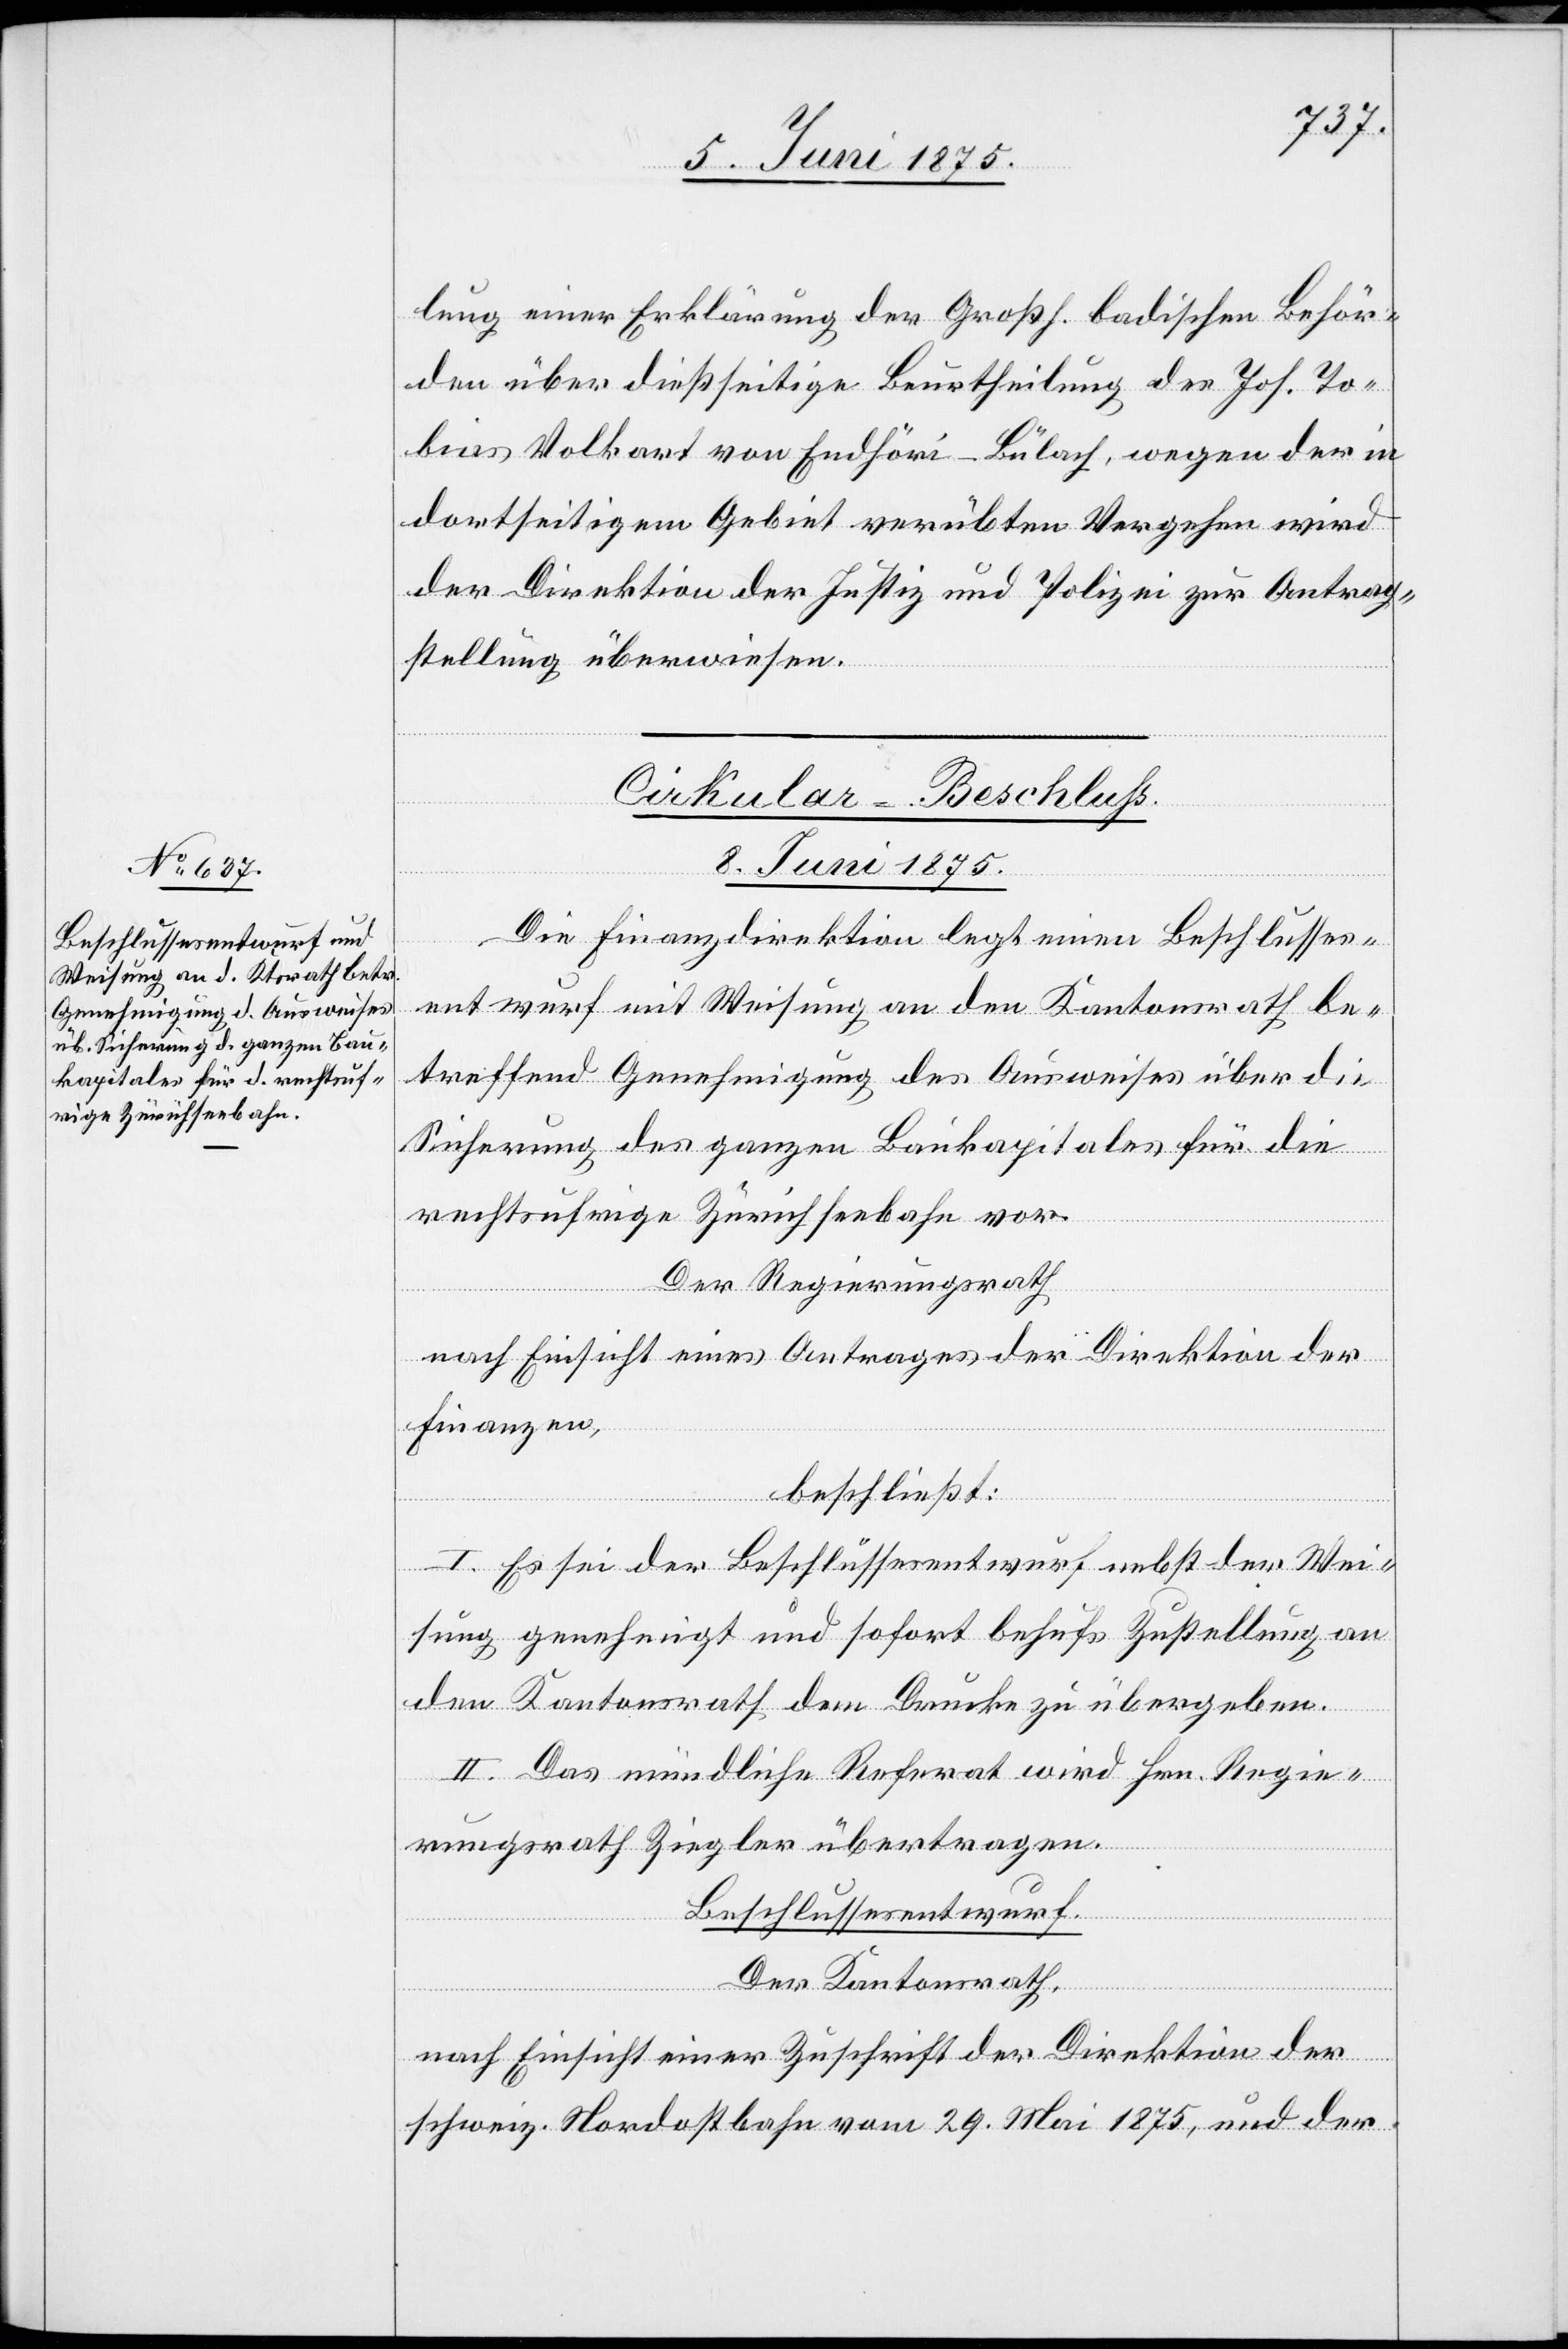
lung einer Erklärung der großh. badischen Behör¬
den über dießseitige Beurtheilung des Joh. To¬
bias Volkart von Endhöri - Bülach, wegen der in
dortseitigem Gebiet verübten Vergehen wird
der Direktion der Justiz und Polizei zur Antrag¬
stellung überwiesen.
Cirkular-Beschluß.
8. Juni 1875.
Die Finanzdirektion legt einen Beschlusses¬
entwurf mit Weisung an den Kantonsrath be¬
treffend Genehmigung des Ausweises über die
Sicherung des ganzen Baukapitals für die
rechtsufrige Zürichseebahn vor.
Der Regierungsrath,
nach Einsicht eines Antrages der Direktion der
Finanzen,
beschließt:
I. Es sei der Beschlussesentwurf nebst der Wei¬
sung genehmigt und sofort behufs Zustellung an
den Kantonsrath dem Drucke zu übergeben.
II. Das mündliche Referat wird Hrn. Regie¬
rungsrath Ziegler übertragen.
Beschlussesentwurf.
Der Kantonsrath,
nach Einsicht einer Zuschrift der Direktion der
schweiz. Nordostbahn vom 29. Mai 1875, und der